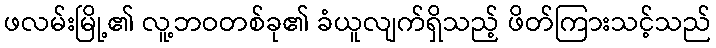
ဖလမ်းမြို့၏ လူ့ဘဝတစ်ခု၏ ခံယူလျက်ရှိသည့် ဖိတ်ကြားသင့်သည်